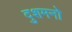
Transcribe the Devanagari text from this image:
दुशमनो